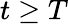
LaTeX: t\ge T